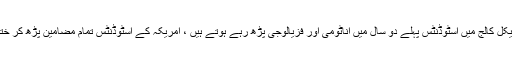
جب پاکستان کے میڈیکل کالج میں اسٹوڈنٹس پہلے دو سال میں اناٹومی اور فزیالوجی پڑھ رہے ہوتے ہیں ، امریکہ کے اسٹوڈنٹس تمام مضامین پڑھ کر ختم کرچکے ہوتے ہیں۔